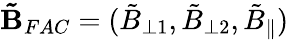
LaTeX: \mathbf{\tilde{B}}_{FAC}=(\tilde{B}_{\perp 1},\tilde{B}_{\perp 2},\tilde{B}_{\parallel})